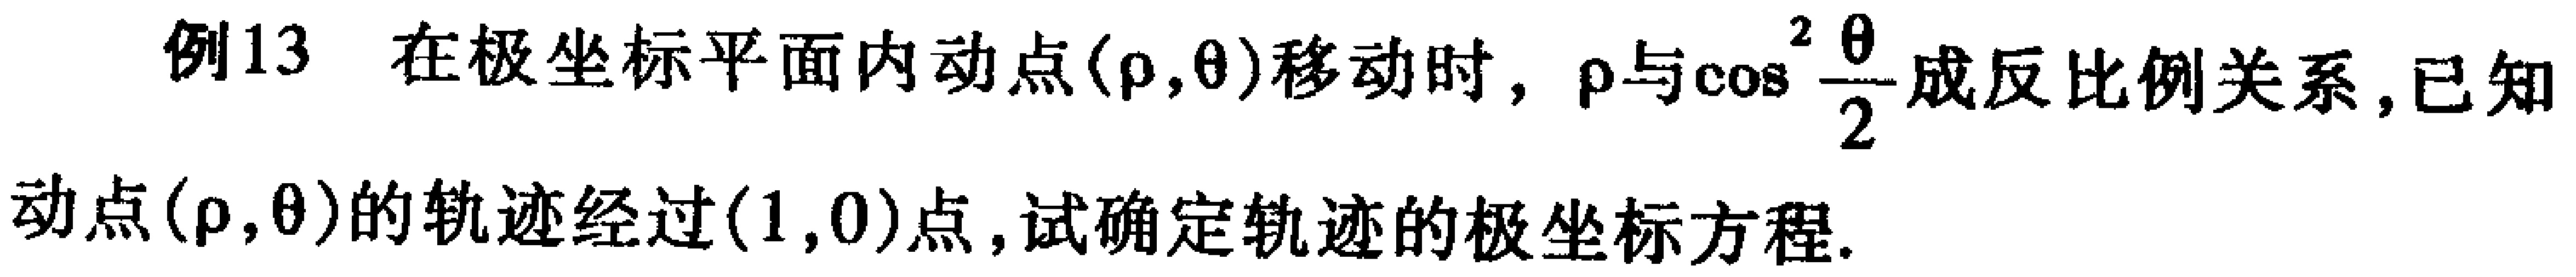
例13 在极坐标平面内动点$(\rho,\theta)$移动时，$\rho$与$\cos^{2}\frac{\theta}{2}$成反比例关系，已知动点$(\rho,\theta)$的轨迹经过$(1,0)$点，试确定轨迹的极坐标方程。